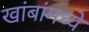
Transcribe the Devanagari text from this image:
खांबांमध्ये